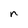
Character: n